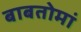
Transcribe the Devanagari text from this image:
बाबतोमां